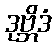
ဒုဗ္ဘိဒံ